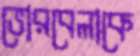
ভোরবেলাকে